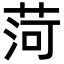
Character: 菏